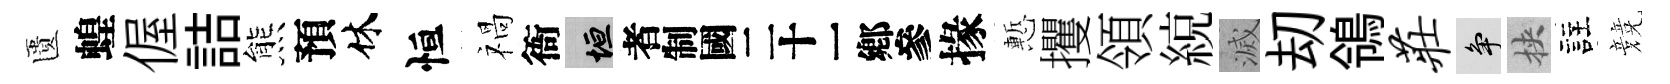
匱蝗偓詰熊預休恒禍衙垣识掾慙攫領綂滅刧鴒庄争挾註競